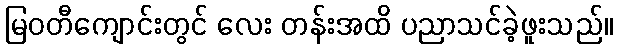
မြဝတီကျောင်းတွင် လေး တန်းအထိ ပညာသင်ခဲ့ဖူးသည်။